Madras plague regulations in force outside the Presidency town - Volume 5
Disease focus: Plague
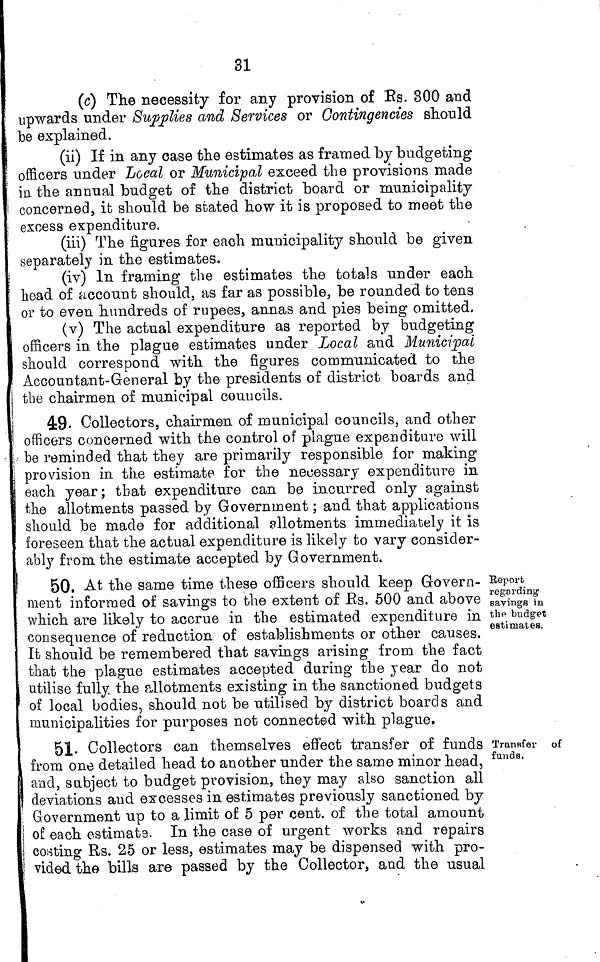
31
(c) The necessity for any provision of Es. 300 and
upwards under Supplies and Services or Contingencies should
be explained.
(ii) If in any case the estimates as framed by budgeting
officers under Local or Municipal exceed the provisions made
in. the annual budget of the district board or municipality
concerned, it should be stated how it is proposed to meet the
excess expenditure.
(iii) The figures for each municipality should be given
separately in the estimates.
(iv) In framing the estimates the totals under each
head of account should, as far as possible, be rounded to tens
or to even hundreds of rupees, annas and pies being omitted,
(v) The actual expenditure as reported by budgeting
officers in the plague estimates under Local and Municipal
should correspond with the figures communicated to the
Accountant-General by the presidents of district boards and
the chairmen of municipal councils.
4:9- Collectors, chairmen of municipal councils, and other
officers concei-ned with the control of plague expenditure will
be reminded that they are primarily responsible for making
i provision in the estimate for the necessary expenditure in
| each year; that expenditure can be incurred only against
I the allotments passed by Government ; and that applications
should be made for additional allotments immediately it is
; foreseen that the actual expenditure is likely to vary consider-
ably from the estimate accepted by Government.
Report
regarding
savings in
the budget
estimates.
50. At the same time these officers should keep Govern-
ment informed of savings to the extent of Es. 500 and above
which are likely to accrue in the estimated expenditure in
consequence of reduction of establishments or other causes.
It should be remembered that savings arising from the fact
that the plague estimates accepted during the jear do not
utilise fully the allotments existing in the sanctioned budgets
of local bodies, should not be utilised by district boards and
municipalities for purposes not connected with plague.
Transfer of
funds.
I
51- Collectors can themselves effect transfer of funds
l from one detailed head to another under the same minor head,
I and, subject to budget provision, they may also sanction all
| deviations and excesses in estimates previously sanctioned by
[ Grovernment up to a limit of 5 per cent, of the total amount
ji of each estimate. In the case of urgent works and repairs
| costing Rs. 25 or less, estimates may be dispensed with pro-
| vided the bills are passed by the Collector, and the usual